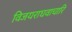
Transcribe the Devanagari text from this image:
विजयराघवाचारि